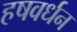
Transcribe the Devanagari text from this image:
हषवर्धन